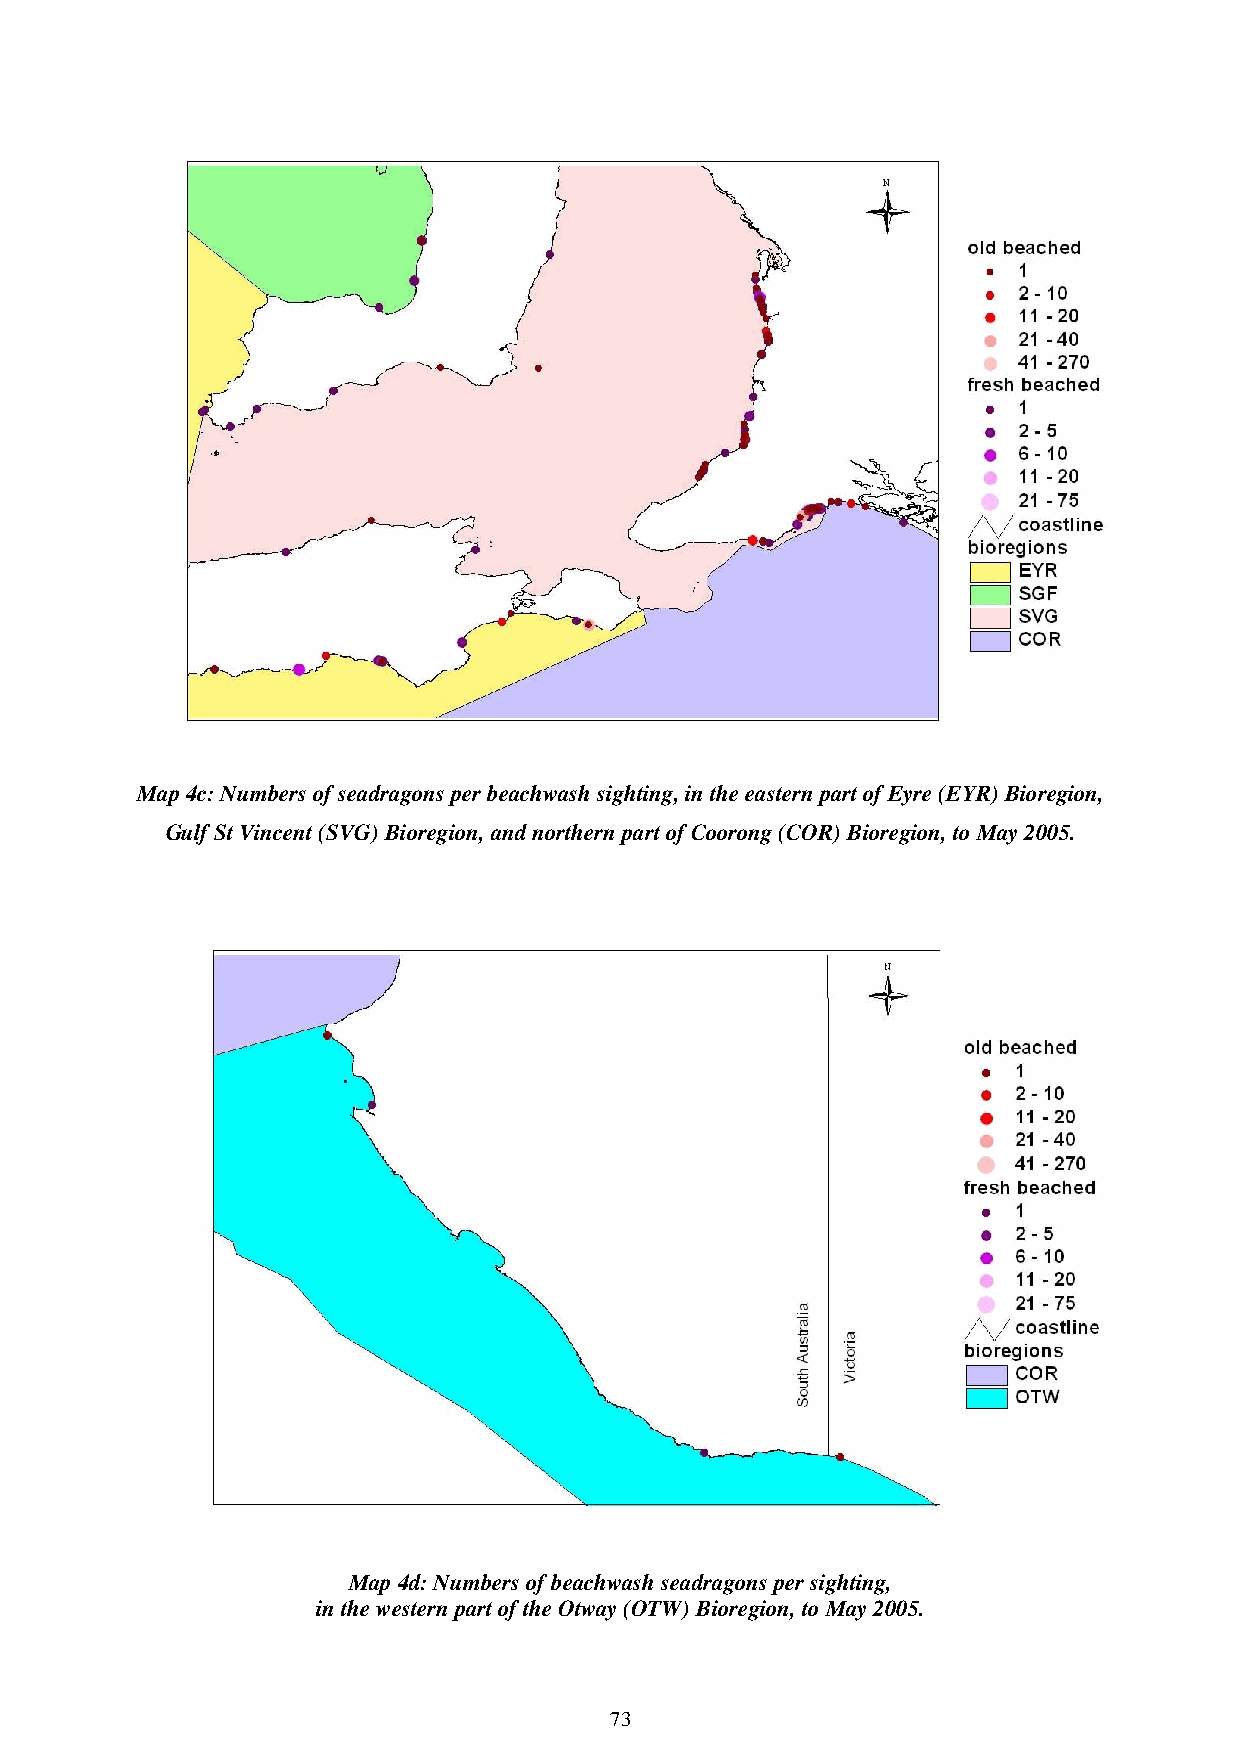
Map 4c: Numbers of seadragons per beachwash sighting, in the eastern part of Eyre (EYR) Bioregion,
 Gulf St Vincent (SVG) Bioregion, and northern part of Coorong (COR) Bioregion, to May 2005.
 Map 4d: Numbers of beachwash seadragons per sighting,
 in the western part of the Otway (OTW) Bioregion, to May 2005.
 73